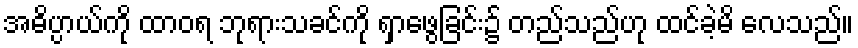
အဓိပ္ပာယ်ကို ထာဝရ ဘုရားသခင်ကို ရှာဖွေခြင်း၌ တည်သည်ဟု ထင်ခဲ့မိ လေသည်။